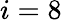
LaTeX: i=8